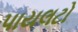
પાયલટો